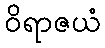
ဝိရာဇယံ